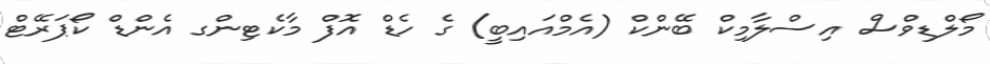
މޯލްޑިވްސް އިސްލާމިކް ބޭންކް (އެމްއައިބީ) ގެ ހެޑް އޮފް މާކެޓިންގ އެންޑް ކޯޕަރޭޓް